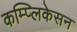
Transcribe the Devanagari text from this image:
कम्प्लिकेसन